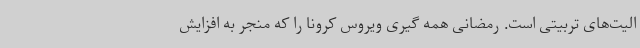
الیت‌های تربیتی است. رمضانی همه گیری ویروس کرونا را که منجر به افزایش